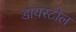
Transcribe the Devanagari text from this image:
डायस्टोल